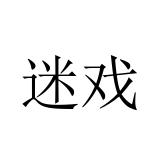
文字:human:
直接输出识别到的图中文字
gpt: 迷戏